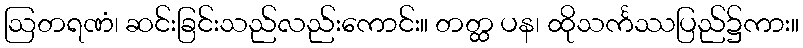
ဩတရဏံ၊ ဆင်းခြင်းသည်လည်းကောင်း။ တတ္ထ ပန၊ ထိုသင်္ကဿပြည်၌ကား။